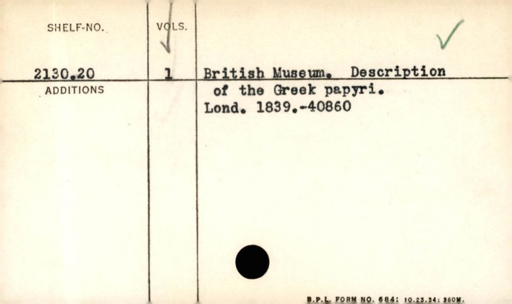
Label: content